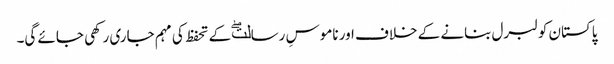
پاکستان کو لبرل بنانے کے خلاف اور ناموسِ رسالتۖ کے تحفظ کی مہم جاری رکھی جائے گی۔